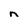
Character: n